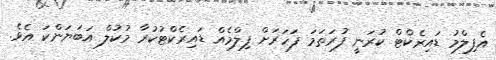
އެފިލްމު ޑައިރެކްޓް ކުރަނީ ފުރަތަމަ ފަހަރަށް ފިލްމެއް ޑައިރެކްޓުކުރާ މުކުލް އަބަޔަންކަ އެވެ.